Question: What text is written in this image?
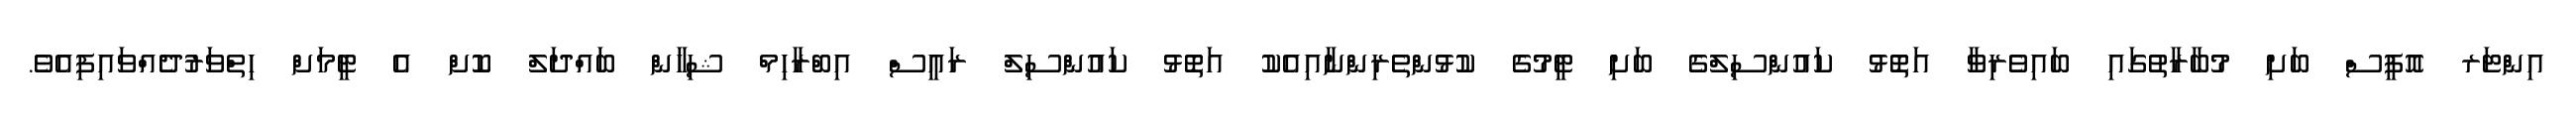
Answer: އިންޓަރ އޮފީސް ބަށި މުބާރާތުގައި ބައިވެރިވާ އަތޮޅު ކައުންސިލްގެ ބަށި ޓީމުގެ ކުޅުންތެރިންނާއިއެކު އަތޮޅު ކައުންސިލް ރައީސް އިބްރާހިމް ޝިހާން ބައްދަލް ކޮށް އެ ޓީމަށް ހިތްވަރުދެއްވައިފިއެވެ.